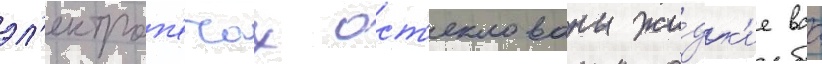
эл'ектроп'ечах ост'еклованы жи́дк'ие вао